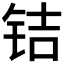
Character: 𰽲